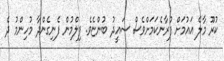
ކުރޫ މާލެ އައުމަށް ފުރާނެކަމަށްވެސް ސައީދު ބުންޏެވެ. ފިލްމުން ފެނިގެންދާ މުހިންމު ދެ